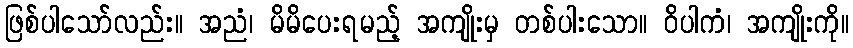
ဖြစ်ပါသော်လည်း။ အညံ၊ မိမိပေးရမည့် အကျိုးမှ တစ်ပါးသော။ ဝိပါကံ၊ အကျိုးကို။